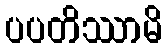
ပပတိဿာမိ